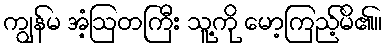
ကျွန်မ အံ့ဩတကြီး သူ့ကို မော့ကြည့်မိ၏။